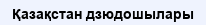
Қазақстан дзюдошылары